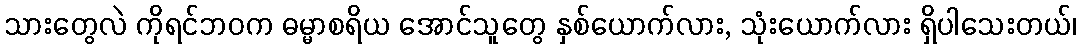
သားတွေလဲ ကိုရင်ဘဝက ဓမ္မာစရိယ အောင်သူတွေ နှစ်ယောက်လား, သုံးယောက်လား ရှိပါသေးတယ်၊